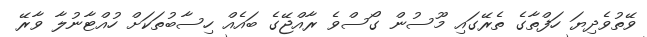
ވޭތުވެދިޔަ ހަފްތާގެ ތެރޭގައި މޫސުން ގޯސްވެ ރާއްޖޭގެ ބައެއް ހިސާބުތަކަށް ހުއްޓާނުލާ ވާރޭ